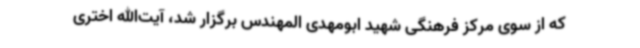
که از سوی مرکز فرهنگی شهید ابومهدی المهندس برگزار شد، آیت‌الله اختری